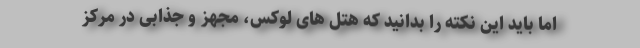
اما باید این نکته را بدانید که هتل ‌های لوکس، مجهز و جذابی در مرکز